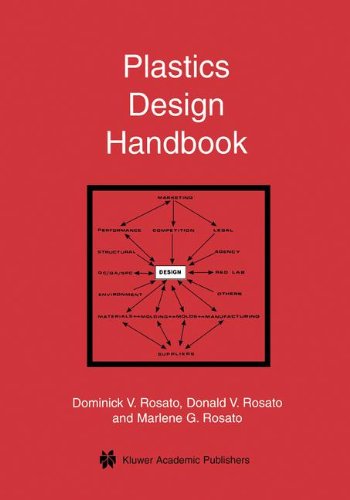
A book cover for Plastics Design Handbook; Engineering & Transportation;